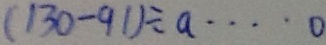
( 1 3 0 - 9 1 ) \div a = \cdots o